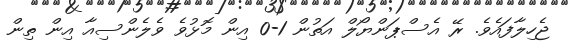
ޖެހިލާފައެވެ. ރޭ އެސްޕަންޔޯލް އަތުން 1-0 އިން މޮޅުވެ ވެލެންސިއާ އިން ތިން